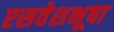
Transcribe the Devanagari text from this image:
एसवेशभूषा